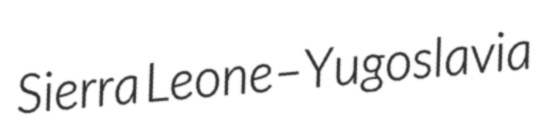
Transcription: Sierra Leone–Yugoslavia